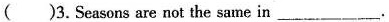
( )3.Seasons are not the same in _.